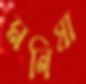
মনিষা